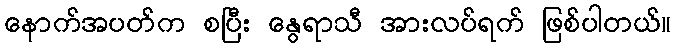
နောက်အပတ်က စပြီး နွေရာသီ အားလပ်ရက် ဖြစ်ပါတယ်။